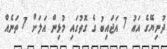
ދުނިޔޭގެ އައު 7 އަޖައިބު ގެ ގޮތުގައި މުޅިން އަލަށް 7 ތަނެއް